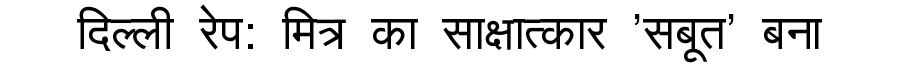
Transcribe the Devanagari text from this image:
दिल्ली रेप: मित्र का साक्षात्कार 'सबूत' बना